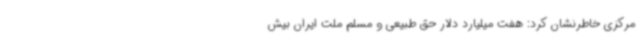
مرکزی خاطرنشان کرد: هفت میلیارد دلار حق طبیعی و مسلم ملت ایران بیش